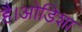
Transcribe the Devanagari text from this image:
है।ओडिशा